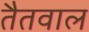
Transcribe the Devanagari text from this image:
तैतवाल